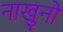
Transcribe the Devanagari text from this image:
नाखुनों